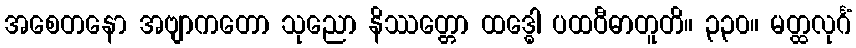
အစေတနော အဗျာကတော သုညော နိဿတ္တော ထဒ္ဓေါ ပထဝီဓာတူတိ။ ၃၃၀။ မတ္ထလုင်္ဂံ